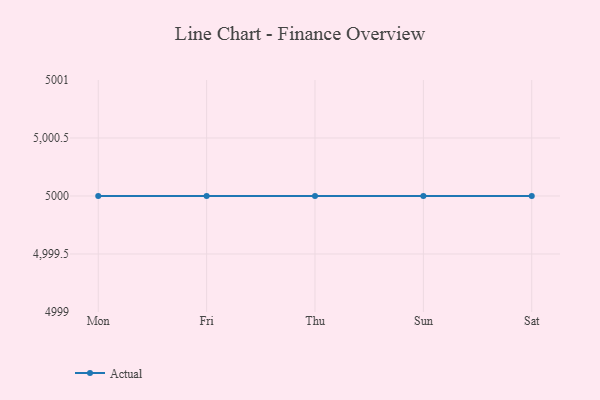
{"axis": {"x": "Day", "y": "Temperature (°C)"}, "legend": ["Actual"], "data": [{"x": "Mon", "y": 5000, "type": "Actual"}, {"x": "Fri", "y": 5000, "type": "Actual"}, {"x": "Thu", "y": 5000, "type": "Actual"}, {"x": "Sun", "y": 5000, "type": "Actual"}, {"x": "Sat", "y": 5000, "type": "Actual"}]}